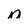
Character: n